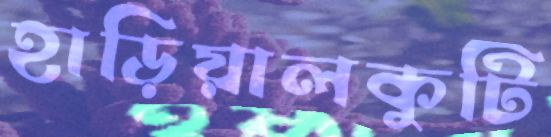
হাড়িয়ালকুটি